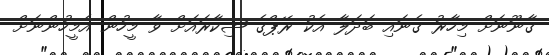
ގާނޫނަށް މިހާރު ގެނައި ބަދަލާ އެކު ރޭޕްގެ ޝިކާރައަށް ވާ މީހުން އެމީހުންނަށް